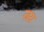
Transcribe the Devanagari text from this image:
जय़